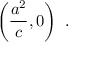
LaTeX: \left( { \frac { a ^ { 2 } } { c } } , 0 \right) \ .